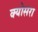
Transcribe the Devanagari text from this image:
क्योसरा